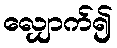
လျှောက်၍